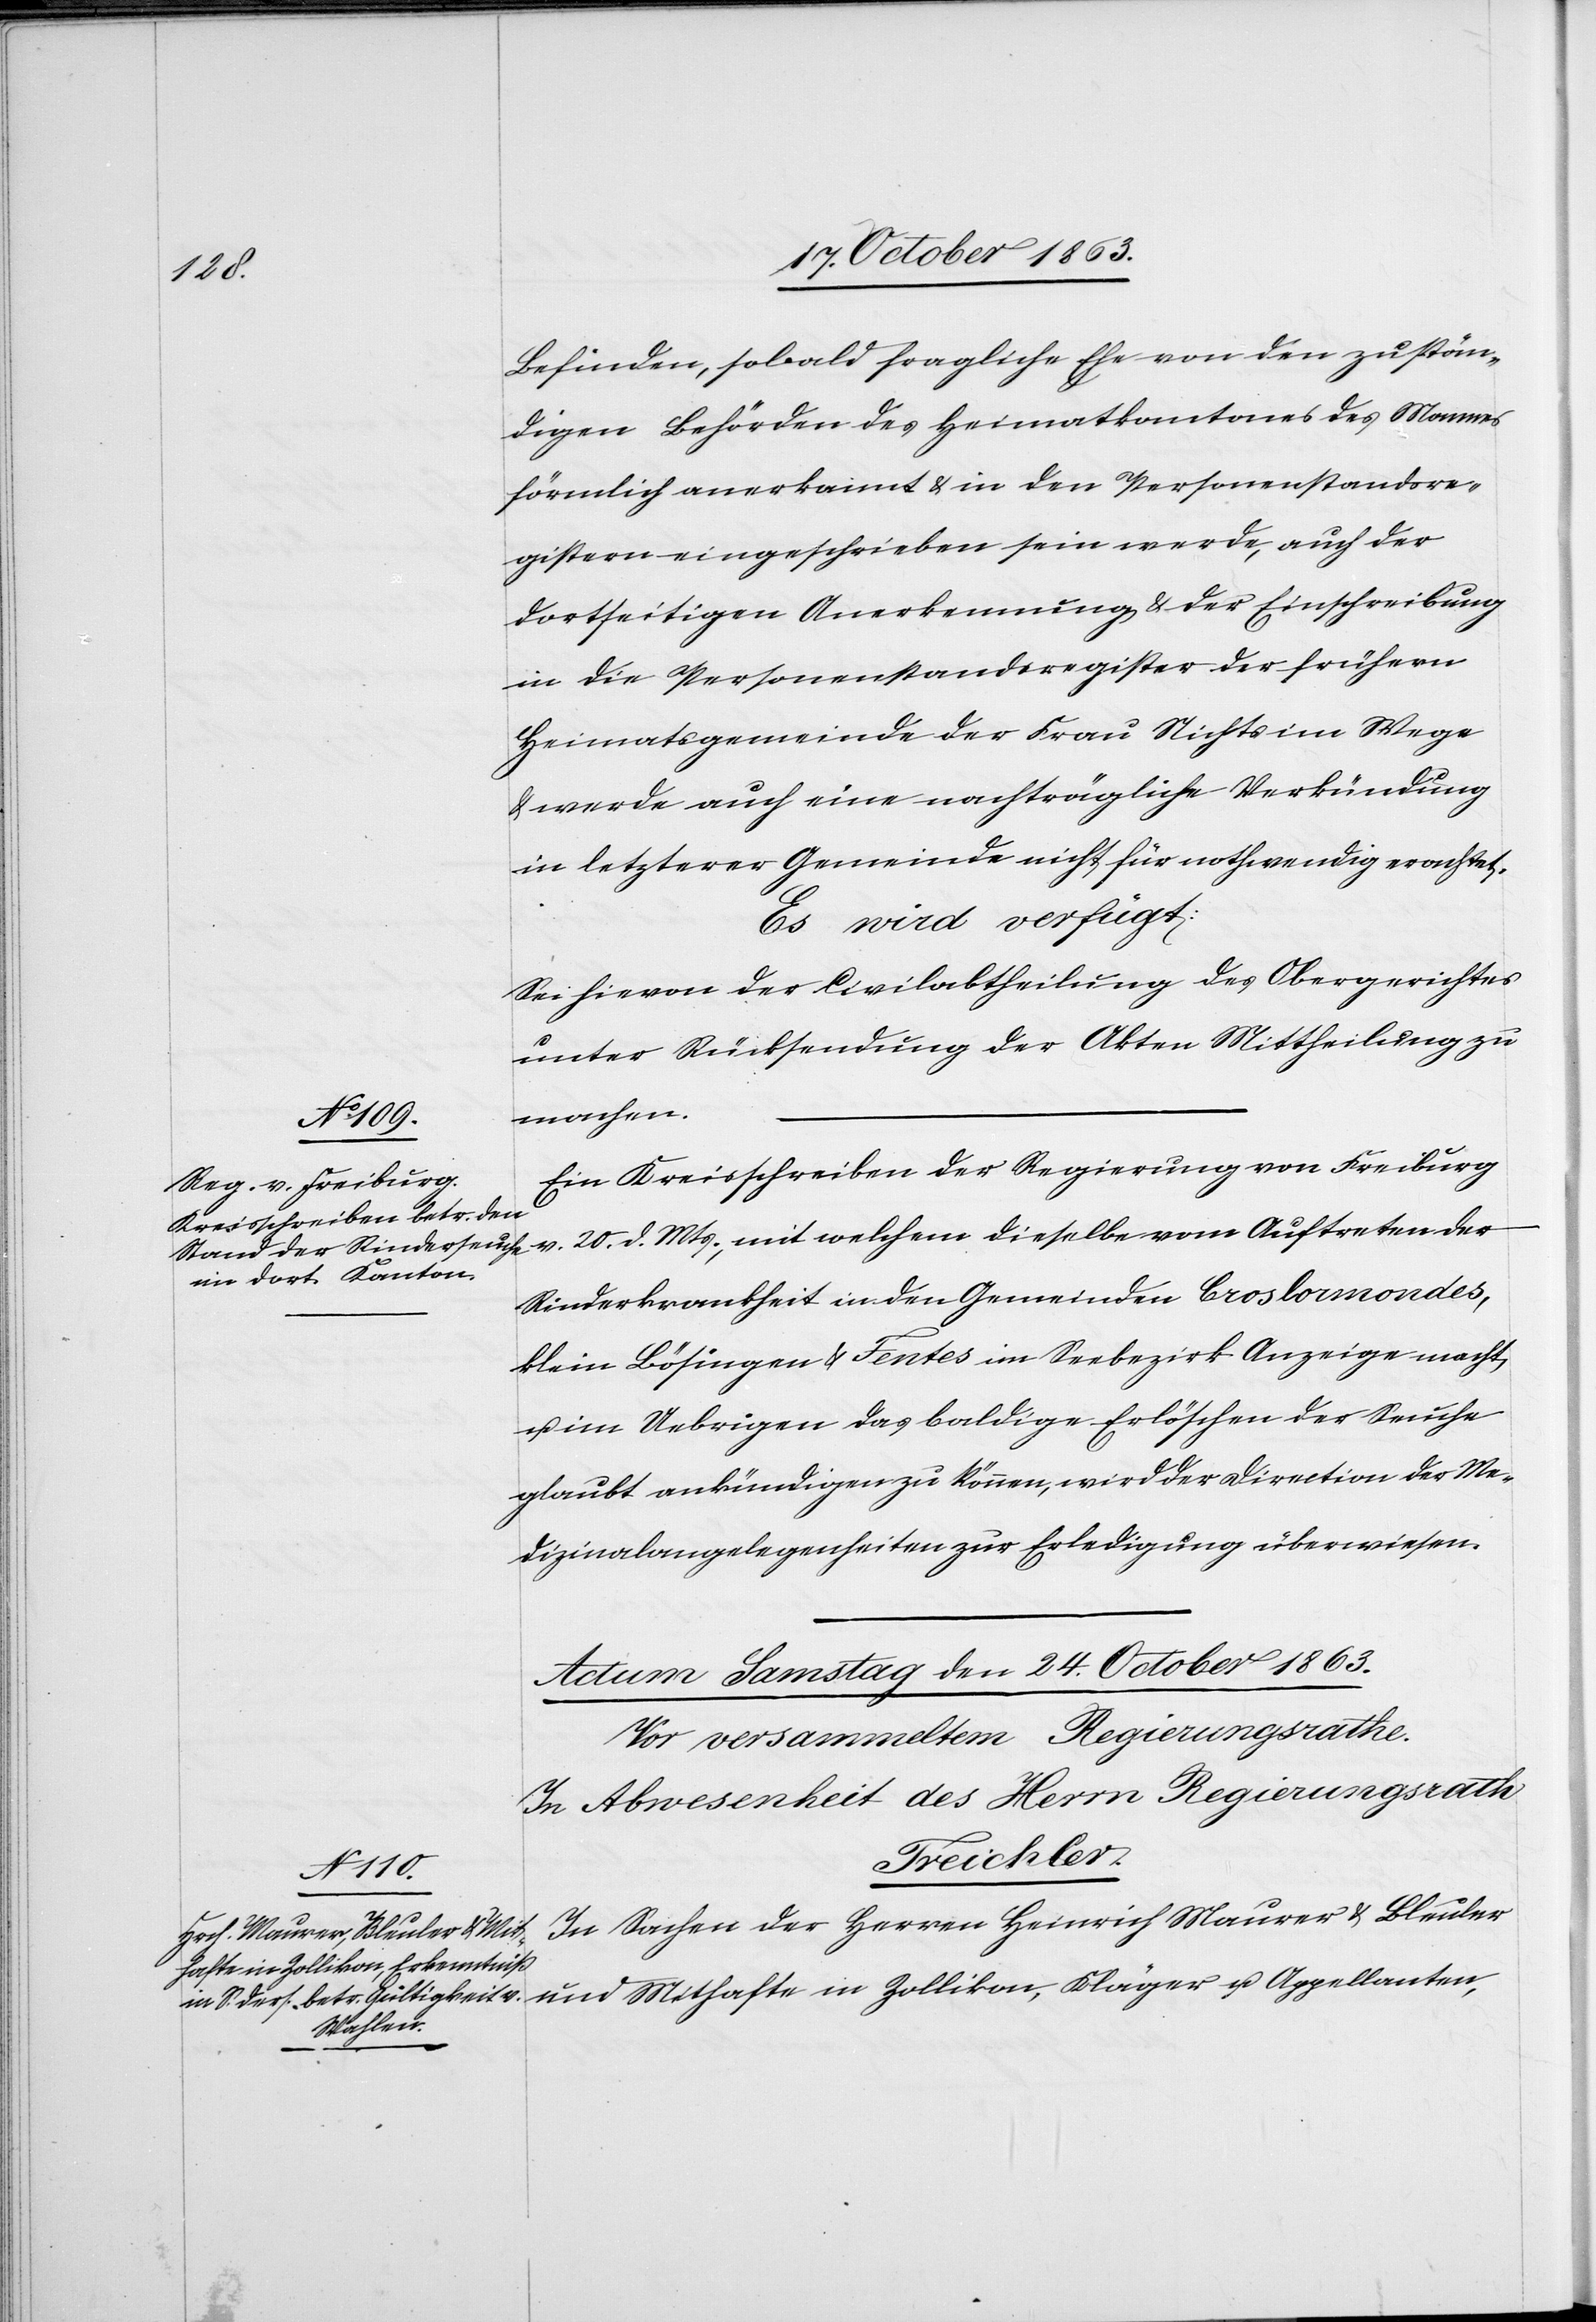
23. October 1863.]
Befinden, sobald fragliche Ehe von den zustän¬
digen Behörden des Heimatkantones des Mannes
förmlich anerkannt & in den Personenstandsre¬
gistern eingeschrieben sein werde, auch der
dortseitigen Anerkennung & der Einschreibung
in die Personenstandsregister der frühern
Heimatsgemeinde der Frau Nichts im Wege
& werde auch eine nachträgliche Verkündung
in letzterer Gemeinde nicht für nothwendig erachtet.
Es wird verfügt:
Sei hievon der Civilabtheilung des Obergerichtes
unter Rücksendung der Akten Mittheilung zu
machen.
Ein Kreisschreiben der Regierung von Freiburg
v. 20. d. Mts., mit welchem dieselbe vom Auftreten der
Rinderkrankheit in den Gemeinden Croslormondes,
klein Lösingen & Fentes im Seebezirk Anzeige macht
u. im Uebrigen das baldige Erlöschen der Seuche
glaubt ankündigen zu können, wird der Direktion der Me¬
dizinalangelegenheiten zur Erledigung überwiesen.
Mit¬
In Sachen der Herren Heinrich Maurer & Bleuler
hafte in Zollikon, Kläger u.
Appellanten,